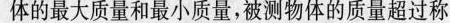
体的最大质量和最小质量，被测物体的质量超过称